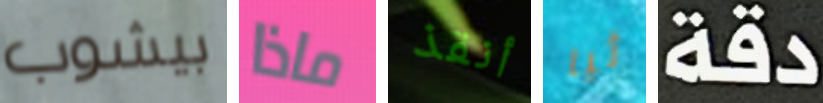
بيشوب ماذا أنقذ ثيا دقة